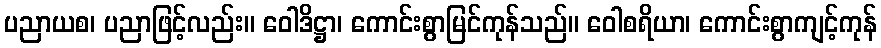
ပညာယစ၊ ပညာဖြင့်လည်း။ ဝေါဒိဋ္ဌာ၊ ကောင်းစွာမြင်ကုန်သည်။ ဝေါစရိယာ၊ ကောင်းစွာကျင့်ကုန်